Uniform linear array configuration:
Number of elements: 48
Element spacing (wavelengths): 0.75
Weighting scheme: kaiser
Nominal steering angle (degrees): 30
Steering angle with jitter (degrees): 31.753
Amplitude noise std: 0.05
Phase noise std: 0.05

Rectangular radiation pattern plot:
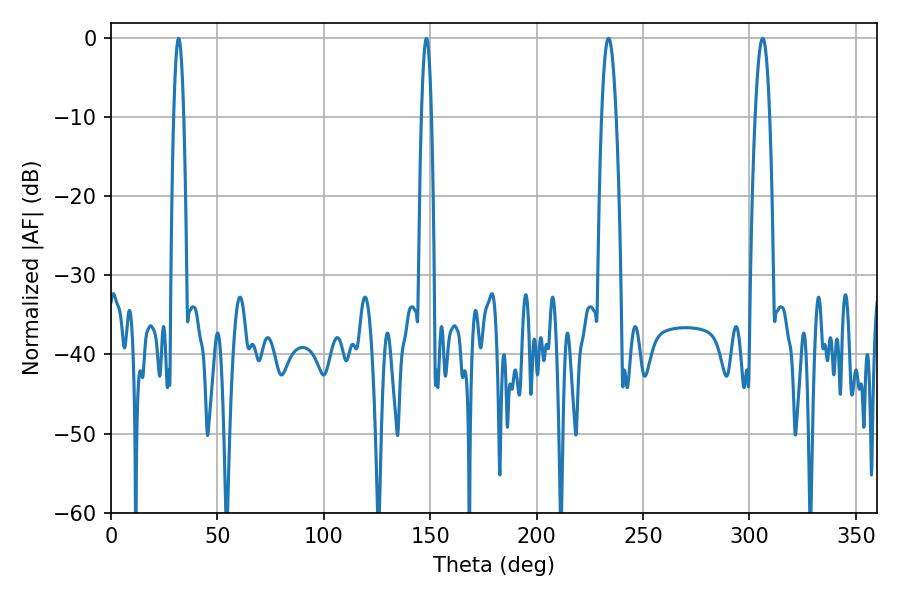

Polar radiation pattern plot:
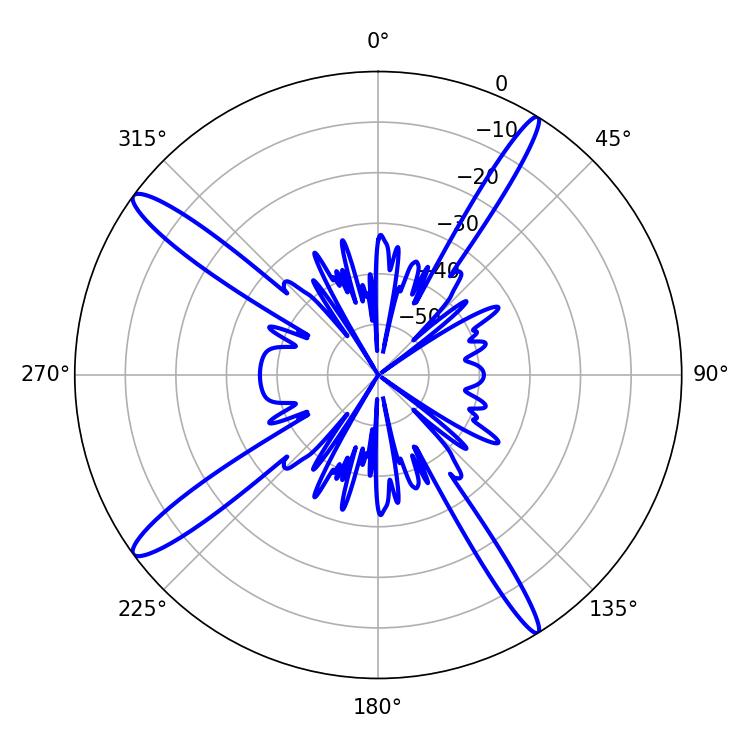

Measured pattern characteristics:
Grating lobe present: TRUE
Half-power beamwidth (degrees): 3.6
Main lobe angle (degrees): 306.18